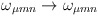
\begin{align*}\omega_{\mu m n} \rightarrow \omega_{\mu m n }\end{align*}